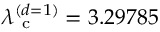
\lambda _ { \mathrm { ~ c ~ } } ^ { ( d = 1 ) } = 3 . 2 9 7 8 5